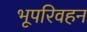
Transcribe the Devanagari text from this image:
भूपरिवहन